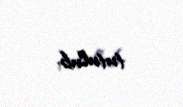
tutulub.